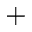
^ { + }